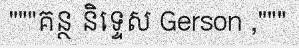
"""គន្ថ និទ្ទេស Gerson ,"""